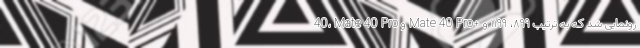
40، Mate 40 Pro و Mate 40 Pro+ رونمایی شد که به ترتیب ۸۹۹، ۱۱۹۹ و